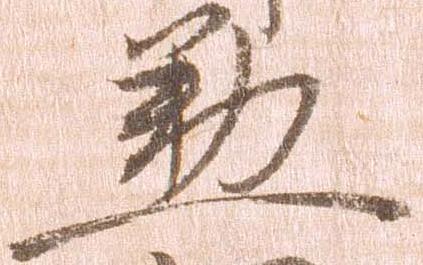
懃